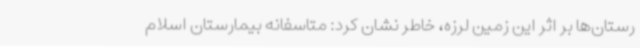
رستان‌ها بر اثر این زمین لرزه، خاطر نشان کرد: متاسفانه بیمارستان اسلام